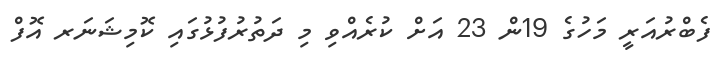
ފެބްރުއަރީ މަހުގެ 19ން 23 އަށް ކުރެއްވި މި ދަތުރުފުޅުގައި ކޮމިޝަނަރ އޮފް